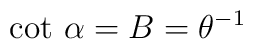
\mbox{cot}~\alpha = B = \theta^{-1}